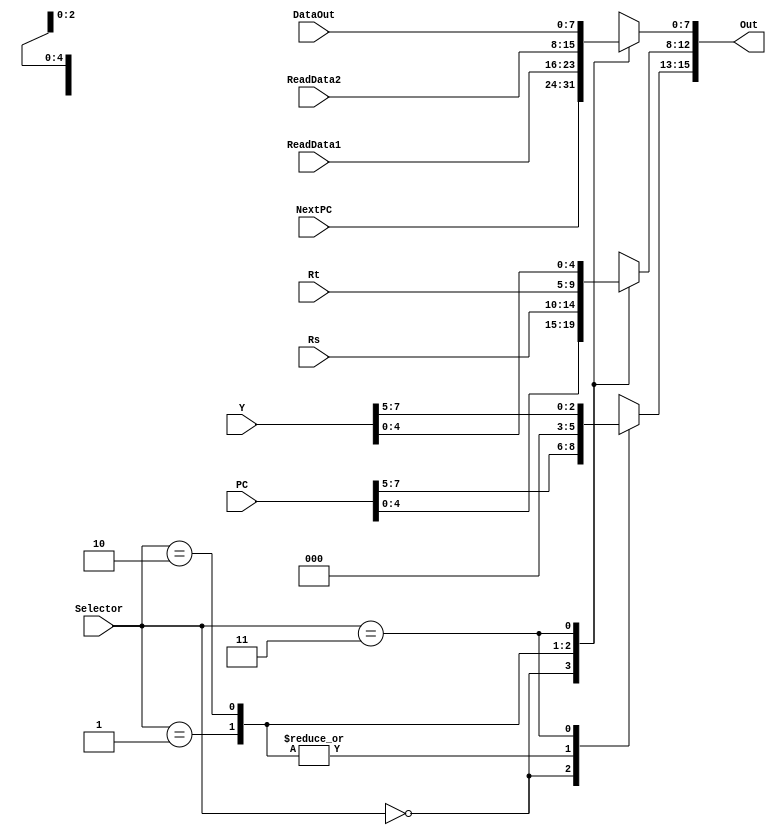
`timescale 1ns / 1ps
//////////////////////////////////////////////////////////////////////////////////
// Company: 
// Engineer: 
// 
// Design Name: 
// Module Name: DispData
// Project Name: 
// Target Devices: 
// Tool Versions: 
// Description: 
// 
// Dependencies: 
// 
// Revision:
// Revision 0.01 - File Created
// Additional Comments:
// 
//////////////////////////////////////////////////////////////////////////////////


module DispData(
    input [1:0] Selector,
    input [7:0] PC,
    input [7:0] NextPC,
    input [4:0] Rs,
    input [4:0] Rt,
    input [7:0] ReadData1,
    input [7:0] ReadData2,
    input [7:0] Y,
    input [7:0] DataOut,
    output [15:0] Out
    );

    reg [15:0] out;
    initial begin
        out <= 0;
    end

    always @(*) begin
        case (Selector)
            2'b00: begin
                out[15:8] = PC;
                out[7:0] = NextPC;
            end
            2'b01: begin
                out[15:12] = 0;
                out[12:8] = Rs;
                out[7:0] = ReadData1;
            end
            2'b10: begin
                out[15:12] = 0;
                out[12:8] = Rt;
                out[7:0] = ReadData2;
            end
            2'b11: begin
                out[15:8] = Y;
                out[7:0] = DataOut;
            end
        endcase
    end
    assign Out = out;
endmodule